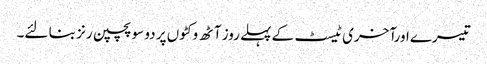
تیسرےاورآخری ٹیسٹ کے پہلے روز آٹھ وکٹوں پر دو سو پچپن رنز بنا لئے۔